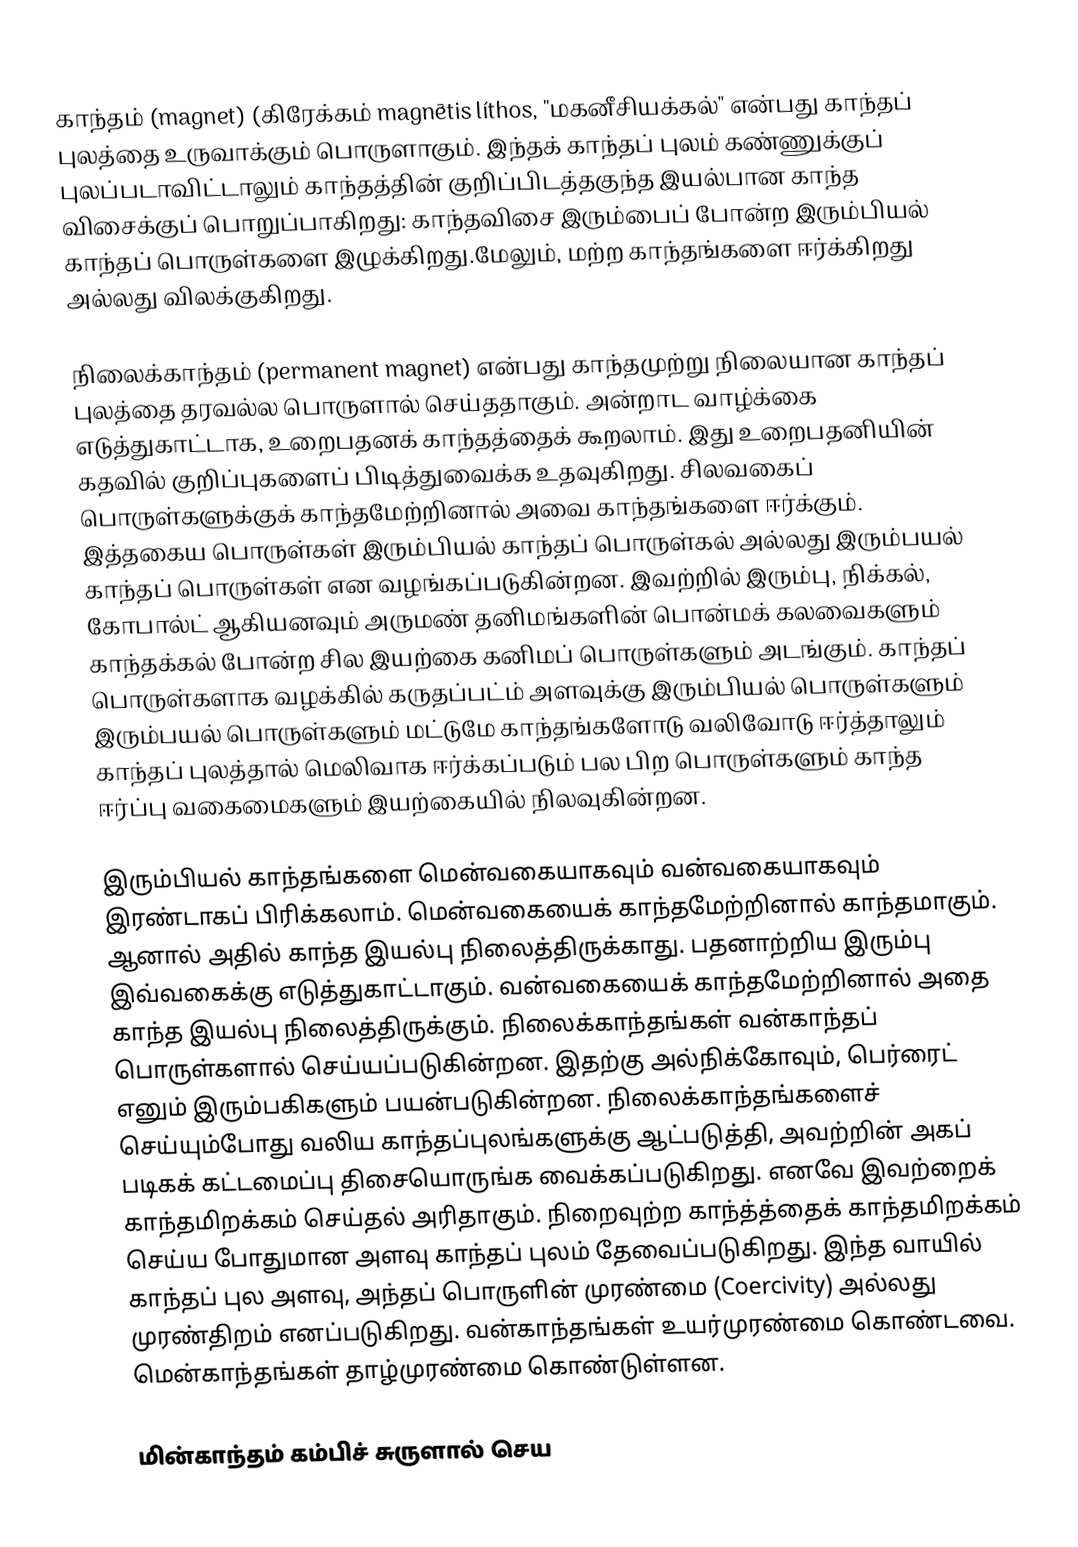
காந்தம் (magnet) (கிரேக்கம்  magnḗtis líthos, "மகனீசியக்கல்"  என்பது காந்தப் புலத்தை உருவாக்கும் பொருளாகும். இந்தக் காந்தப் புலம் கண்ணுக்குப் புலப்படாவிட்டாலும்  காந்தத்தின் குறிப்பிடத்தகுந்த இயல்பான காந்த விசைக்குப் பொறுப்பாகிறது: காந்தவிசை இரும்பைப் போன்ற இரும்பியல் காந்தப் பொருள்களை இழுக்கிறது.மேலும், மற்ற காந்தங்களை ஈர்க்கிறது அல்லது விலக்குகிறது.

நிலைக்காந்தம் (permanent magnet) என்பது காந்தமுற்று நிலையான காந்தப் புலத்தை தரவல்ல பொருளால் செய்ததாகும். அன்றாட வாழ்க்கை எடுத்துகாட்டாக, உறைபதனக் காந்தத்தைக் கூறலாம். இது உறைபதனியின் கதவில் குறிப்புகளைப் பிடித்துவைக்க உதவுகிறது. சிலவகைப் பொருள்களுக்குக் காந்தமேற்றினால் அவை காந்தங்களை ஈர்க்கும். இத்தகைய பொருள்கள் இரும்பியல் காந்தப் பொருள்கல் அல்லது இரும்பயல் காந்தப் பொருள்கள் என வழங்கப்படுகின்றன. இவற்றில் இரும்பு, நிக்கல், கோபால்ட் ஆகியனவும் அருமண் தனிமங்களின் பொன்மக் கலவைகளும் காந்தக்கல் போன்ற சில இயற்கை கனிமப் பொருள்களும் அடங்கும். காந்தப் பொருள்களாக வழக்கில் கருதப்பட்ம் அளவுக்கு இரும்பியல் பொருள்களும் இரும்பயல் பொருள்களும் மட்டுமே காந்தங்களோடு வலிவோடு ஈர்த்தாலும் காந்தப் புலத்தால் மெலிவாக ஈர்க்கப்படும் பல பிற பொருள்களும் காந்த ஈர்ப்பு வகைமைகளும் இயற்கையில் நிலவுகின்றன.

இரும்பியல் காந்தங்களை மென்வகையாகவும் வன்வகையாகவும் இரண்டாகப் பிரிக்கலாம். மென்வகையைக் காந்தமேற்றினால்  காந்தமாகும். ஆனால் அதில் காந்த இயல்பு நிலைத்திருக்காது. பதனாற்றிய இரும்பு இவ்வகைக்கு எடுத்துகாட்டாகும். வன்வகையைக் காந்தமேற்றினால் அதை காந்த இயல்பு நிலைத்திருக்கும். நிலைக்காந்தங்கள் வன்காந்தப் பொருள்களால் செய்யப்படுகின்றன. இதற்கு அல்நிக்கோவும், பெர்ரைட் எனும் இரும்பகிகளும் பயன்படுகின்றன. நிலைக்காந்தங்களைச் செய்யும்போது வலிய காந்தப்புலங்களுக்கு ஆட்படுத்தி, அவற்றின் அகப் படிகக் கட்டமைப்பு திசையொருங்க வைக்கப்படுகிறது. எனவே இவற்றைக் காந்தமிறக்கம் செய்தல் அரிதாகும். நிறைவுற்ற காந்த்த்தைக் காந்தமிறக்கம் செய்ய போதுமான அளவு காந்தப் புலம் தேவைப்படுகிறது. இந்த வாயில் காந்தப் புல அளவு, அந்தப் பொருளின் முரண்மை (Coercivity) அல்லது முரண்திறம் எனப்படுகிறது. வன்காந்தங்கள் உயர்முரண்மை கொண்டவை. மென்காந்தங்கள் தாழ்முரண்மை கொண்டுள்ளன.

மின்காந்தம் கம்பிச் சுருளால் செய